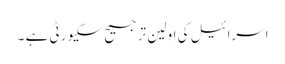
اسرائیل کی اولین ترجیح سکیورٹی ہے ۔